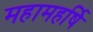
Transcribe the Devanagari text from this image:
महामहर्षि